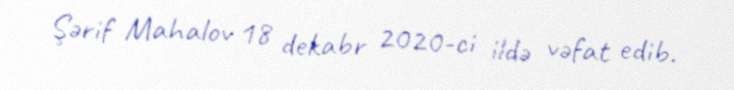
Şərif Mahalov 18 dekabr 2020-ci ildə vəfat edib.